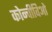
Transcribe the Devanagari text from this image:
कोन्वीविओ